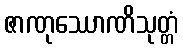
ဇာဏုဿောဏိသုတ္တံ